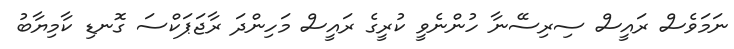
ނަމަވެސް ރައީސް ސިރިސޭނާ ހުންނެވީ ކުރީގެ ރައީސް މަހިންދަ ރާޖަޕަކްސަ ގޮނޑި ކާމިޔާބު